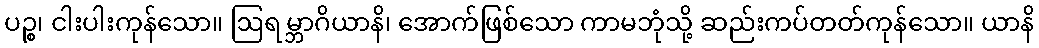
ပဉ္စ၊ ငါးပါးကုန်သော။ ဩရမ္ဘာဂိယာနိ၊ အောက်ဖြစ်သော ကာမဘုံသို့ ဆည်းကပ်တတ်ကုန်သော။ ယာနိ